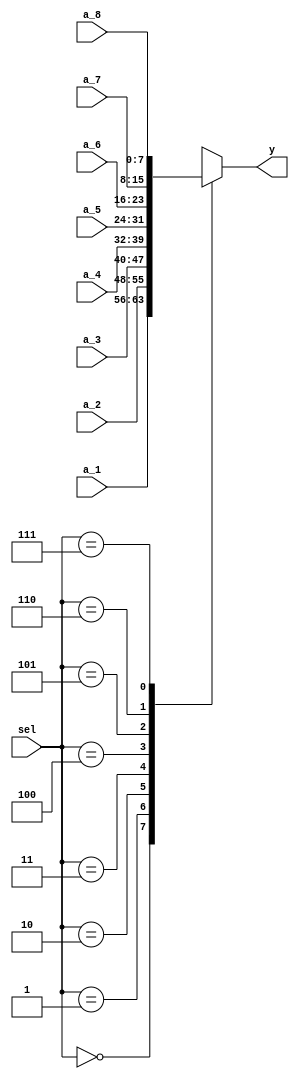
`timescale 1ns / 1ps
//////////////////////////////////////////////////////////////////////////////////
// Company: 
// Engineer: 
// 
// Design Name: 
// Module Name: mux_8_1
// Project Name: 
// Target Devices: 
// Tool Versions: 
// Description: 
// 
// Dependencies: 
// 
// Revision:
// Revision 0.01 - File Created
// Additional Comments:
// 
//////////////////////////////////////////////////////////////////////////////////


module mux_8_1(
input wire [7:0] a_1, a_2, a_3, a_4, a_5, a_6, a_7, a_8,
input wire [2:0] sel,
output reg [7:0] y
    );
    
    always @(*)
    begin
    case(sel)
    3'b000 : y = a_1;
    3'b001 : y = a_2;
    3'b010 : y = a_3;
    3'b011 : y = a_4;
    3'b100 : y = a_5;
    3'b101 : y = a_6;
    3'b110 : y = a_7;
    3'b111 : y = a_8;
    default : y = 0;
    endcase
    end
    
endmodule